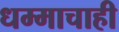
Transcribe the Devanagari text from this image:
धम्माचाही